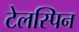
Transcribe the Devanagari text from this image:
टेलस्पिन